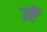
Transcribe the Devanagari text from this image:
उऍ